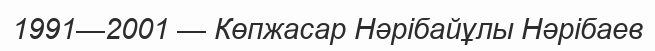
1991—2001 — Көпжасар Нәрібайұлы Нәрібаев